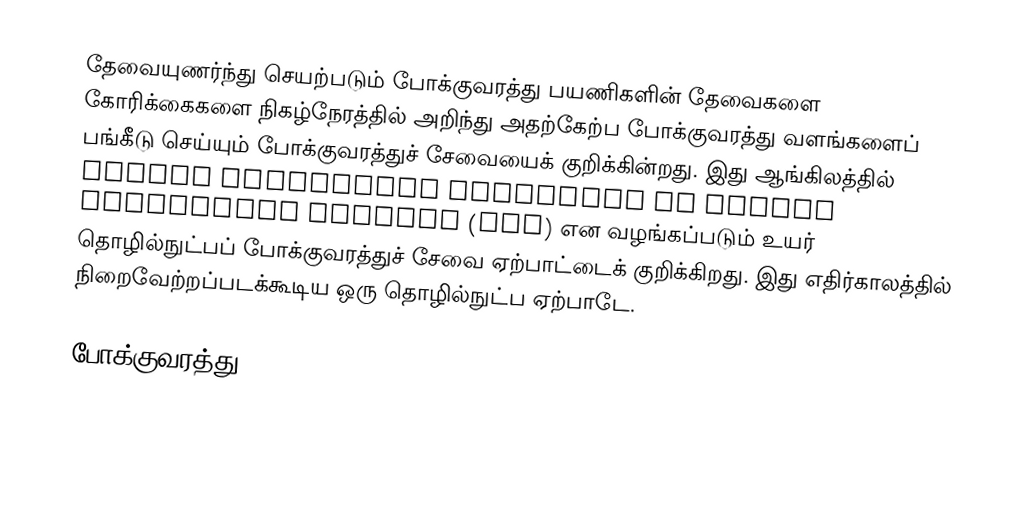
தேவையுணர்ந்து செயற்படும் போக்குவரத்து பயணிகளின் தேவைகளை கோரிக்கைகளை நிகழ்நேரத்தில் அறிந்து அதற்கேற்ப போக்குவரத்து வளங்களைப் பங்கீடு செய்யும் போக்குவரத்துச் சேவையைக் குறிக்கின்றது.  இது ஆங்கிலத்தில் Demand responsive transport or demand responsive transit (DRT) என வழங்கப்படும் உயர் தொழில்நுட்பப் போக்குவரத்துச் சேவை ஏற்பாட்டைக் குறிக்கிறது.  இது எதிர்காலத்தில் நிறைவேற்றப்படக்கூடிய ஒரு தொழில்நுட்ப ஏற்பாடே.

போக்குவரத்து